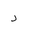
Letter: _dal